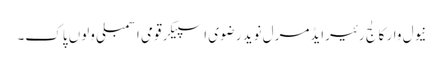
نیول وار کالج رئیرایڈمرل نوید رضوی اسپیکر قومی اسمبلی ولوں پاک۔